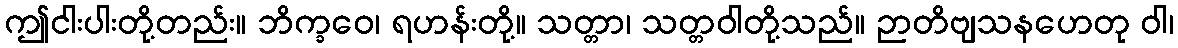
ဤငါးပါးတို့တည်း။ ဘိက္ခဝေ၊ ရဟန်းတို့။ သတ္တာ၊ သတ္တဝါတို့သည်။ ဉာတိဗျသနဟေတု ဝါ၊